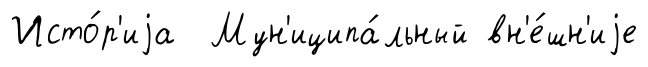
Исто́р'иjа Мун'иципа́льный вн'е́шн'иjе